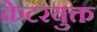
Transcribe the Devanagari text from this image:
क्रेटरयुक्त